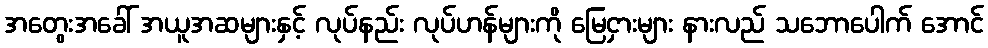
အတွေးအခေါ် အယူအဆများနှင့် လုပ်နည်း လုပ်ဟန်များကို မြေငှားများ နားလည် သဘောပေါက် အောင်